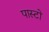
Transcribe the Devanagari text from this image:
पास्टो